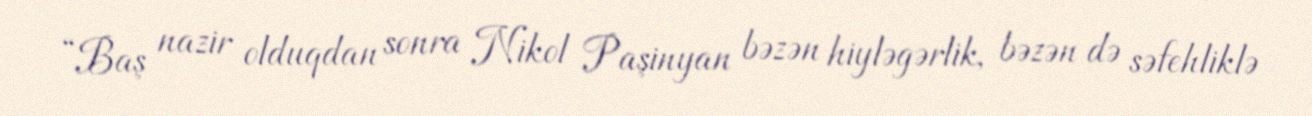
“Baş nazir olduqdan sonra Nikol Paşinyan bəzən hiyləgərlik, bəzən də səfehliklə